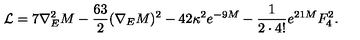
\mathcal { L } = 7 \nabla _ { E } ^ { 2 } M - \frac { 6 3 } { 2 } ( \nabla _ { E } M ) ^ { 2 } - 4 2 \kappa ^ { 2 } e ^ { - 9 M } - \frac { 1 } { 2 \cdot 4 ! } e ^ { 2 1 M } F _ { 4 } ^ { 2 } .